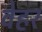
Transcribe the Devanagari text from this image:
वेहर